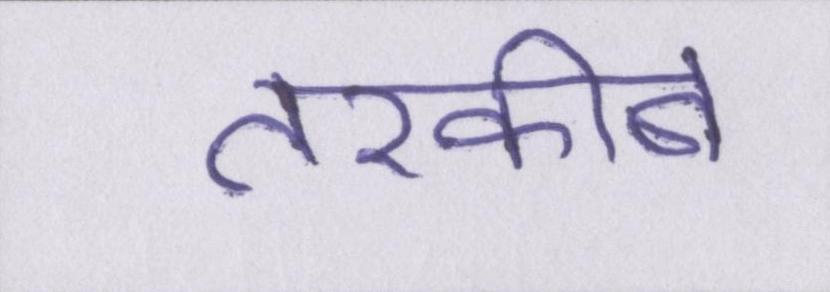
तरकीब